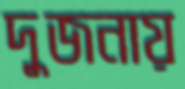
দুজনায়